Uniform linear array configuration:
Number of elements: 32
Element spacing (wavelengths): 1
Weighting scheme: blackman
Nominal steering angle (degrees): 15
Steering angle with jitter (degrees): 14.747
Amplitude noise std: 0.05
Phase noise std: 0.05

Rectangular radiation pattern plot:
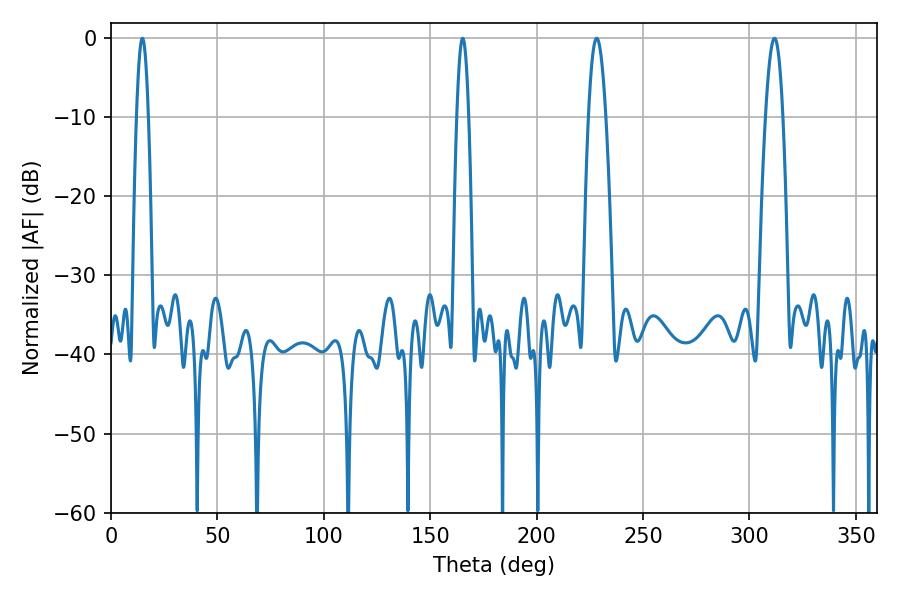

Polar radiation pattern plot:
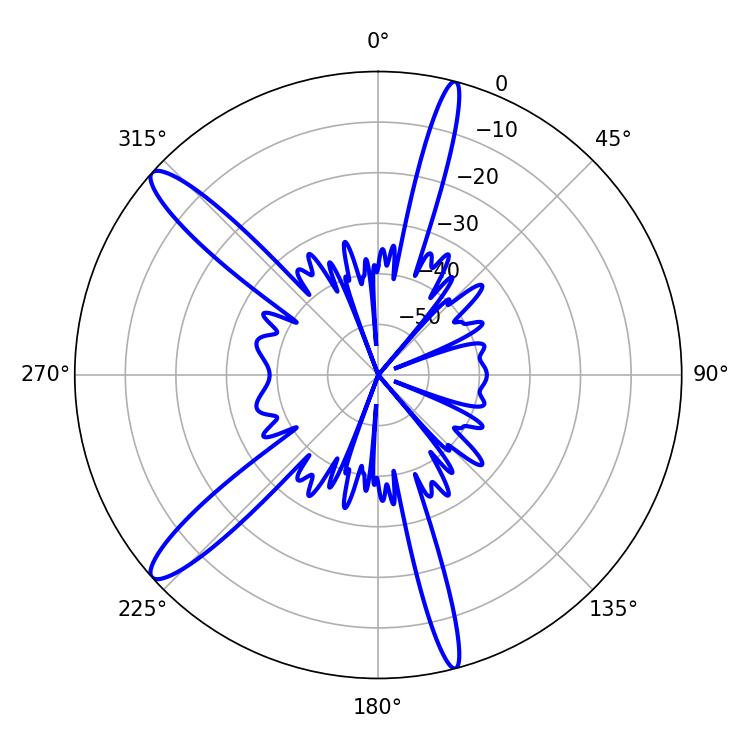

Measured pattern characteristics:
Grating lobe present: TRUE
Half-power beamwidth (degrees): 4.5
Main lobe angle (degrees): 228.24